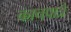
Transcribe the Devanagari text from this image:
काचपात्रे